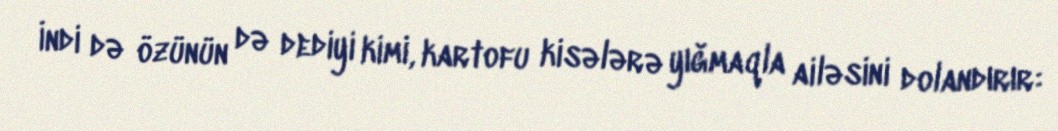
İndi də özünün də dediyi kimi, kartofu kisələrə yığmaqla ailəsini dolandırır: